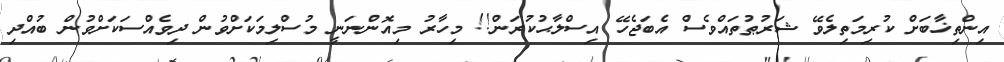
އިންތިޚާބަށް ކުރިމަތިލެވޭ ޝަރުޠުތައްވެސް އެބަޖެހޭ އިސްލާޙުކުރަން!! މިހާރު މިއޮންނަނީ މުސްލިމަކަށްވުން ދިވެއްސަކަށްވުން ބުއްދި